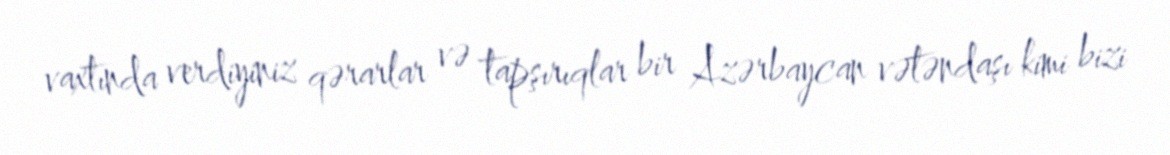
vaxtında verdiyiniz qərarlar və tapşırıqlar bir Azərbaycan vətəndaşı kimi bizi